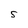
Character: S